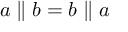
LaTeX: a \parallel b = b \parallel a